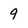
Character: 9